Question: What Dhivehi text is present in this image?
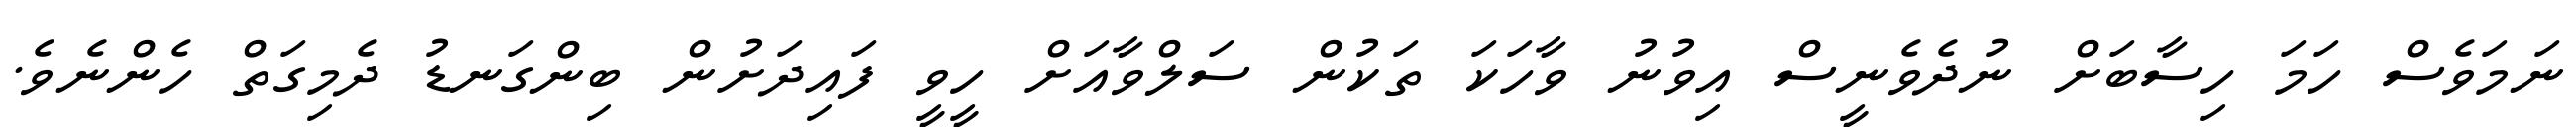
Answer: ނަމަވެސް ހަމަ ހިސާބަށް ނުދެވެނީސް އިވުނު ވާހަކަ ތަކުން ސަލްވާއަށް ހީވީ ފައިދަށުން ބިންގަނޑު ދެމިގަތް ހެންނެވެ.